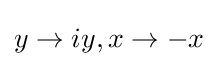
y\rightarrow iy,x\rightarrow -x